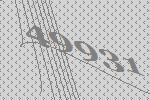
49931